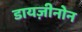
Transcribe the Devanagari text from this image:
डायज़ीनोन